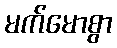
မက်မောစွာ